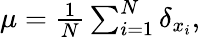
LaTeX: \begin{array}{r}{\mu={\frac{1}{N}}\sum_{i=1}^{N}\delta_{x_{i}},}\end{array}